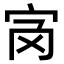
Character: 𡧝